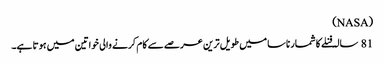
(NASA)
81 سالہ فنلے کا شمار ناسا میں طویل ترین عرصے سے کام کرنے والی خواتین میں ہوتا ہے۔